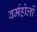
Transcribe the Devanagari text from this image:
वर्महोलों